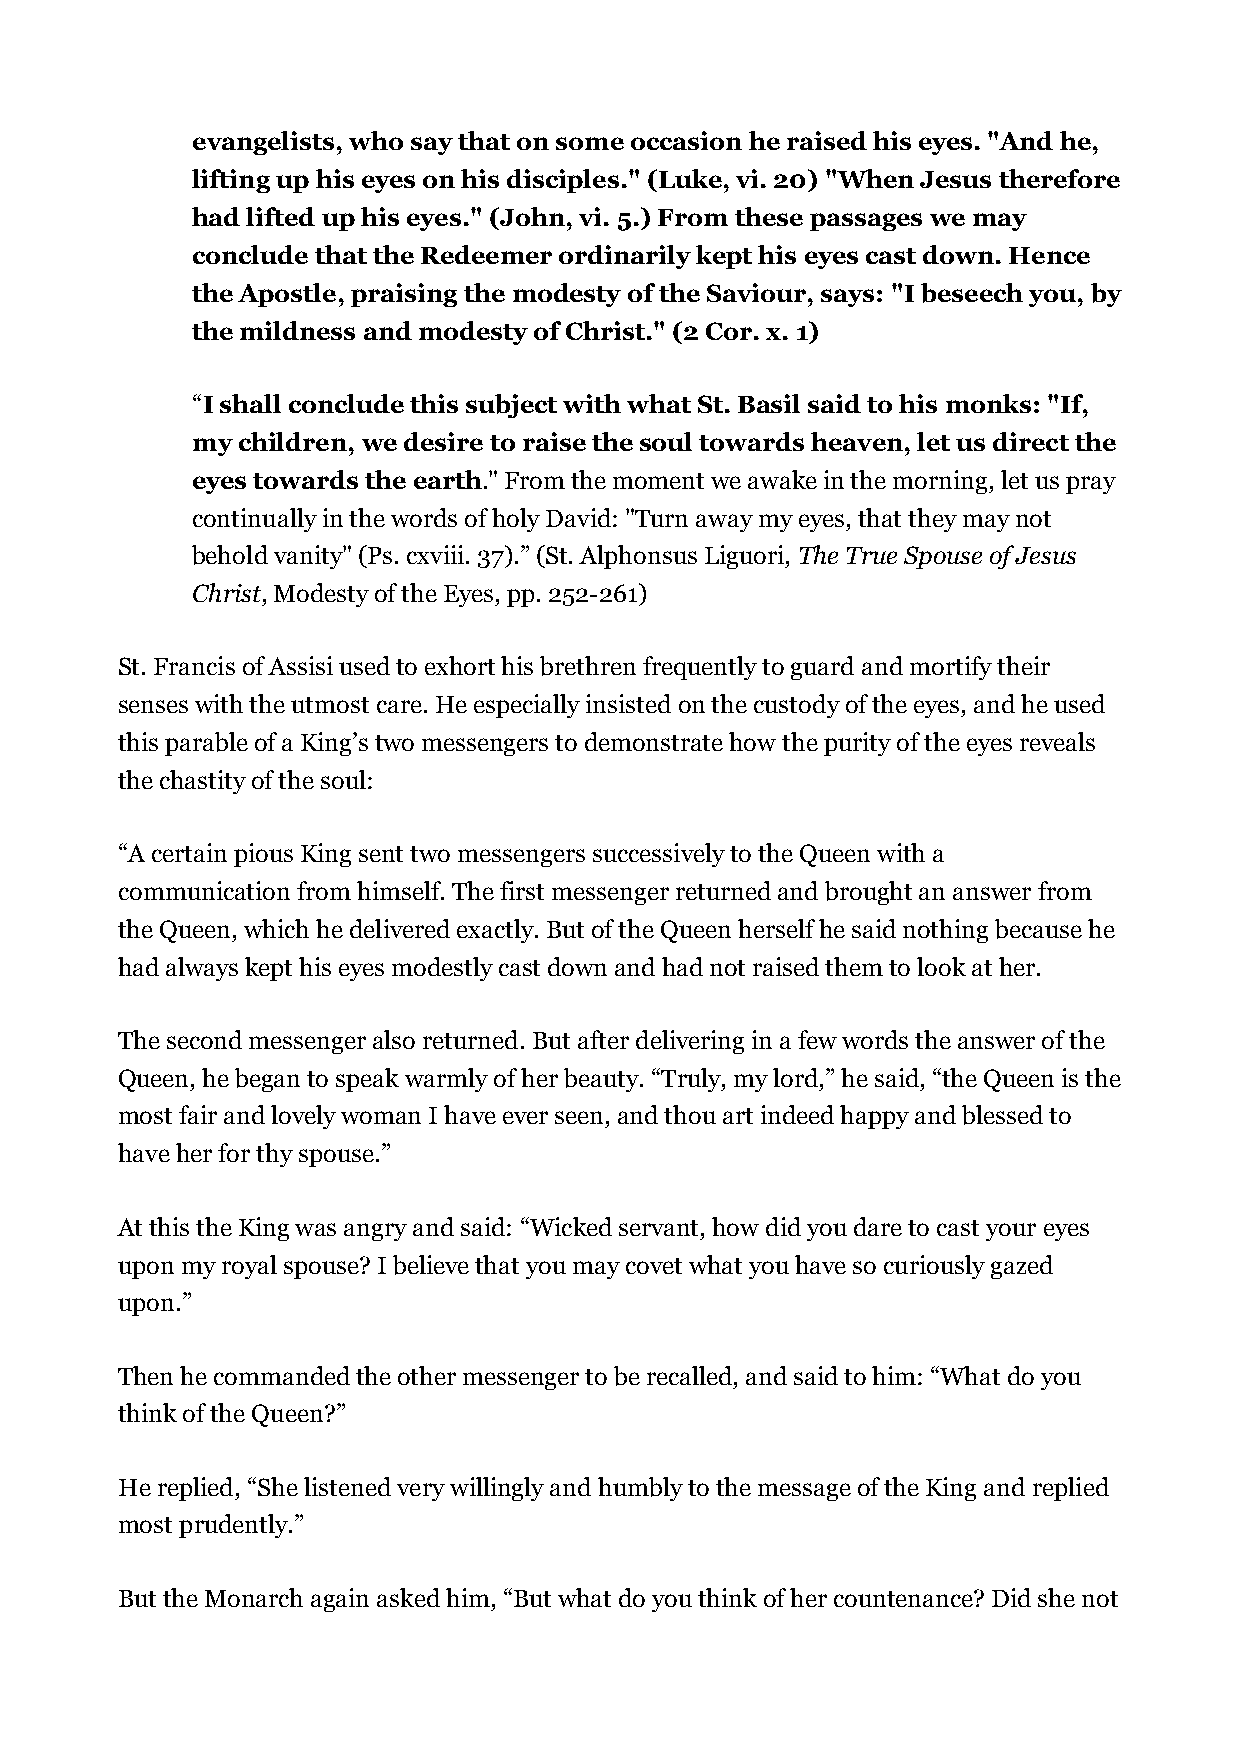
evangelists, who say that on some occasion he raised his eyes. "And he,
 lifting up his eyes on his disciples." (Luke, vi. 20) "When Jesus therefore
 had lifted up his eyes." (John, vi. 5.) From these passages we may
 conclude that the Redeemer ordinarily kept his eyes cast down. Hence
 the Apostle, praising the modesty of the Saviour, says: "I beseech you, by
 the mildness and modesty of Christ." (2 Cor. x. 1)
 “I shall conclude this subject with what St. Basil said to his monks: "If,
 my children, we desire to raise the soul towards heaven, let us direct the
 eyes towards the earth." From the moment we awake in the morning, let us pray
 continually in the words of holy David: "Turn away my eyes, that they may not
 behold vanity" (Ps. cxviii. 37).” (St. Alphonsus Liguori, The True Spouse of Jesus
 Christ, Modesty of the Eyes, pp. 252-261)
 St. Francis of Assisi used to exhort his brethren frequently to guard and mortify their
 senses with the utmost care. He especially insisted on the custody of the eyes, and he used
 this parable of a King’s two messengers to demonstrate how the purity of the eyes reveals
 the chastity of the soul:
 “A certain pious King sent two messengers successively to the Queen with a
 communication from himself. The first messenger returned and brought an answer from
 the Queen, which he delivered exactly. But of the Queen herself he said nothing because he
 had always kept his eyes modestly cast down and had not raised them to look at her.
 The second messenger also returned. But after delivering in a few words the answer of the
 Queen, he began to speak warmly of her beauty. “Truly, my lord,” he said, “the Queen is the
 most fair and lovely woman I have ever seen, and thou art indeed happy and blessed to
 have her for thy spouse.”
 At this the King was angry and said: “Wicked servant, how did you dare to cast your eyes
 upon my royal spouse? I believe that you may covet what you have so curiously gazed
 upon.”
 Then he commanded the other messenger to be recalled, and said to him: “What do you
 think of the Queen?”
 He replied, “She listened very willingly and humbly to the message of the King and replied
 most prudently.”
 But the Monarch again asked him, “But what do you think of her countenance? Did she not